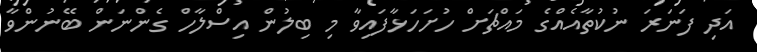
އަދި ފަނަރަ ނުކުތާއެއްގެ މައްޗަށް ހުށަހަޅާފައިވާ މި ބިލުން އިސްލާހް ގެންނަން ބޭނުންވާ